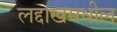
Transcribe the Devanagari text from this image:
लद्दाखमधील